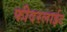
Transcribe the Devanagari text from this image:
फीदरलाईट